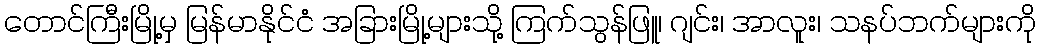
တောင်ကြီးမြို့မှ မြန်မာနိုင်ငံ အခြားမြို့များသို့ ကြက်သွန်ဖြူ၊ ဂျင်း၊ အာလူး၊ သနပ်ဘက်များကို